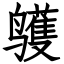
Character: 鹱